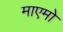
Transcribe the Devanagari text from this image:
माएमो